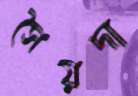
সৈয়দা